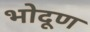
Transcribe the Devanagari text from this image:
भोदूण